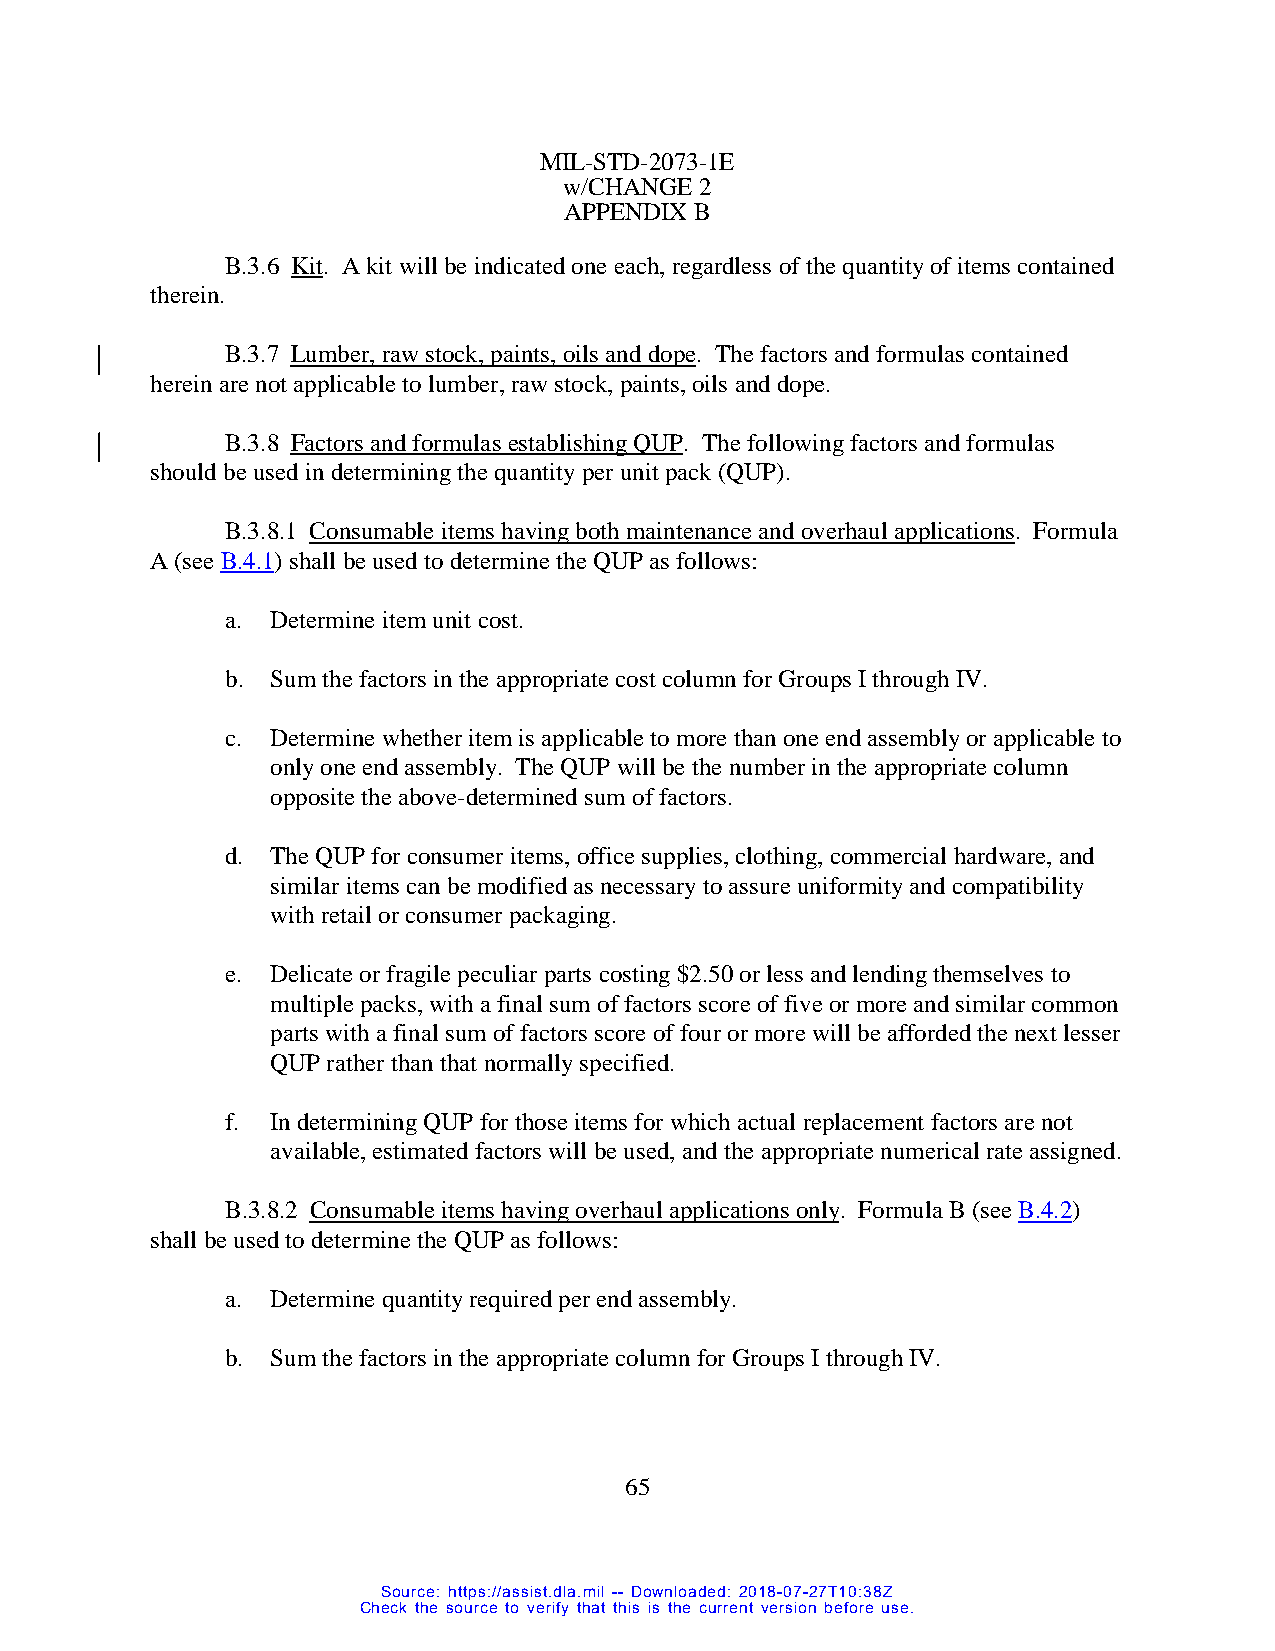
MIL-STD-2073-1E
 w/CHANGE 2
 APPENDIX B
 B.3.6 Kit. A kit will be indicated one each, regardless of the quantity of items contained
 therein.
 B.3.7 Lumber, raw stock, paints, oils and dope. The factors and formulas contained
 herein are not applicable to lumber, raw stock, paints, oils and dope.
 B.3.8 Factors and formulas establishing QUP. The following factors and formulas
 should be used in determining the quantity per unit pack (QUP).
 B.3.8.1 Consumable items having both maintenance and overhaul applications. Formula
 A (see B.4.1) shall be used to determine the QUP as follows:
 a. Determine item unit cost.
 b. Sum the factors in the appropriate cost column for Groups I through IV.
 c. Determine whether item is applicable to more than one end assembly or applicable to
 only one end assembly. The QUP will be the number in the appropriate column
 opposite the above-determined sum of factors.
 d. The QUP for consumer items, office supplies, clothing, commercial hardware, and
 similar items can be modified as necessary to assure uniformity and compatibility
 with retail or consumer packaging.
 e. Delicate or fragile peculiar parts costing $2.50 or less and lending themselves to
 multiple packs, with a final sum of factors score of five or more and similar common
 parts with a final sum of factors score of four or more will be afforded the next lesser
 QUP rather than that normally specified.
 f. In determining QUP for those items for which actual replacement factors are not
 available, estimated factors will be used, and the appropriate numerical rate assigned.
 B.3.8.2 Consumable items having overhaul applications only. Formula B (see B.4.2)
 shall be used to determine the QUP as follows:
 a. Determine quantity required per end assembly.
 b. Sum the factors in the appropriate column for Groups I through IV.
 65
 Source: https://assist.dla.mil -- Downloaded: 2018-07-27T10:38Z
 Check the source to verify that this is the current version before use.